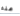
عنه